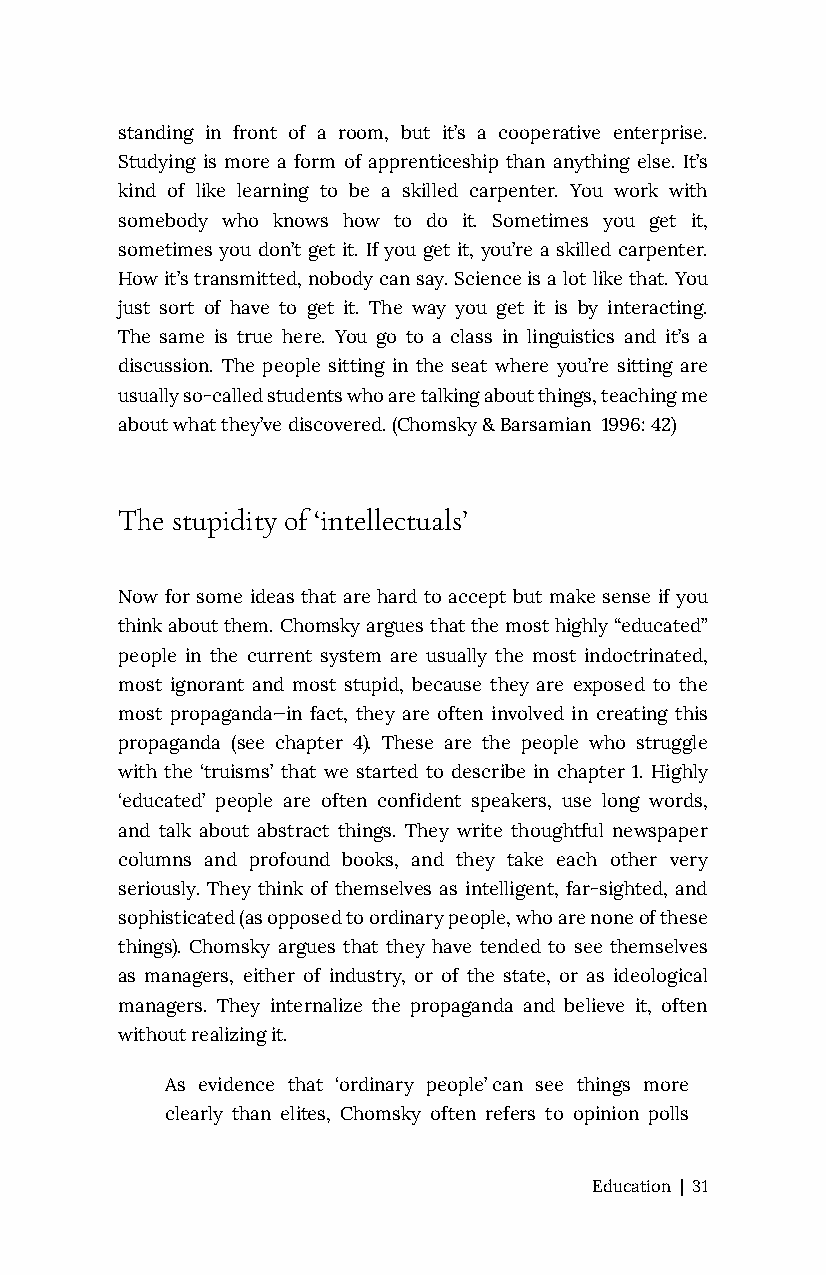
standing in front of a room, but it’s a cooperative enterprise.
 Studying is more a form of apprenticeship than anything else. It’s
 kind of like learning to be a skilled carpenter. You work with
 somebody who knows how to do it. Sometimes you get it,
 sometimes you don’t get it. If you get it, you’re a skilled carpenter.
 How it’s transmitted, nobody can say. Science is a lot like that. You
 just sort of have to get it. The way you get it is by interacting.
 The same is true here. You go to a class in linguistics and it’s a
 discussion. The people sitting in the seat where you’re sitting are
 usually so-called students who are talking about things, teaching me
 about what they’ve discovered. (Chomsky & Barsamian 1996: 42)
 The stupidity of ‘intellectuals’
 Now for some ideas that are hard to accept but make sense if you
 think about them. Chomsky argues that the most highly “educated”
 people in the current system are usually the most indoctrinated,
 most ignorant and most stupid, because they are exposed to the
 most propaganda—in fact, they are often involved in creating this
 propaganda (see chapter 4). These are the people who struggle
 with the ‘truisms’ that we started to describe in chapter 1. Highly
 ‘educated’ people are often confident speakers, use long words,
 and talk about abstract things. They write thoughtful newspaper
 columns and profound books, and they take each other very
 seriously. They think of themselves as intelligent, far-sighted, and
 sophisticated (as opposed to ordinary people, who are none of these
 things). Chomsky argues that they have tended to see themselves
 as managers, either of industry, or of the state, or as ideological
 managers. They internalize the propaganda and believe it, often
 without realizing it.
 As evidence that ‘ordinary people’ can see things more
 clearly than elites, Chomsky often refers to opinion polls
 Education | 31